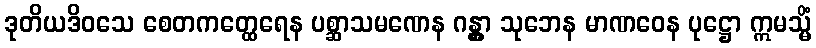
ဒုတိယဒိဝသေ စေတကတ္ထေရေန ပစ္ဆာသမဏေန ဂန္တွာ သုဘေန မာဏဝေန ပုဋ္ဌော ဣမသ္မိံ